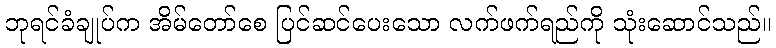
ဘုရင်ခံချုပ်က အိမ်တော်စေ ပြင်ဆင်ပေးသော လက်ဖက်ရည်ကို သုံးဆောင်သည်။